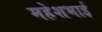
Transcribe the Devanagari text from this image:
महेशभाई